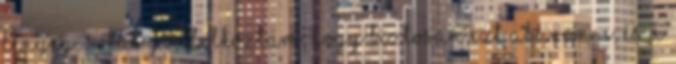
lényeg: sokat gondolkoztam, hogy biztosan ezt akarom-e, és a